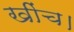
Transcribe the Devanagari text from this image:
खींच।